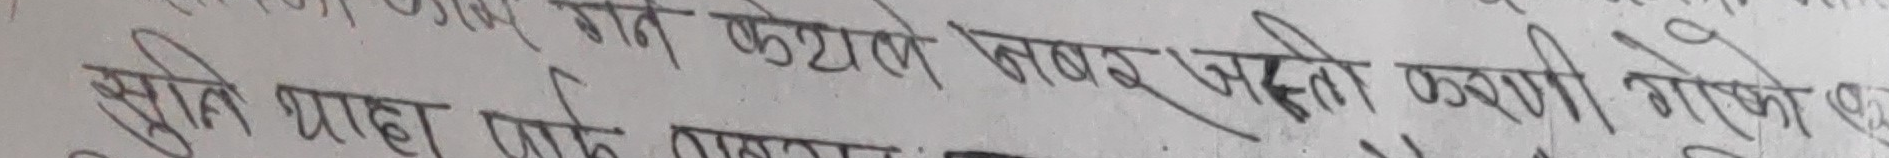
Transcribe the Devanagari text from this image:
गत कथ्यले बबर जस्तो कबरी गरेको छ्या
सुकै याहा पाडे ठाउमा